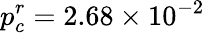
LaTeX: p_{c}^{r}=2.68\times 10^{-2}